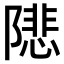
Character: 𨼚